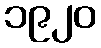
၁၉၂၀